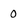
Character: 0